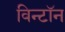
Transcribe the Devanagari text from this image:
विन्टॉन